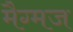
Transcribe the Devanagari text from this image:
मैग्मज